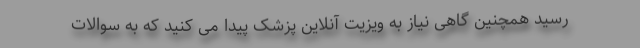
رسید همچنین گاهی نیاز به ویزیت آنلاین پزشک پیدا می کنید که به سوالات